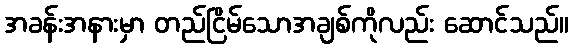
အခန်းအနားမှာ တည်ငြိမ်သောအချစ်ကိုလည်း ဆောင်သည်။